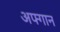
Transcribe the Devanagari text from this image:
अफ्गान